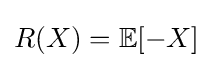
R(X)=\mathbb {E} [-X]